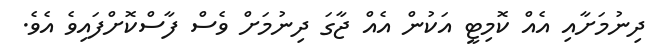
ދިނުމަށާއި އެއް ކޮމިޓީ އަކުން އެއް ޖާގަ ދިނުމަށް ވެސް ފާސްކޮށްފައިވެ އެވެ.